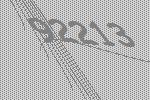
92213